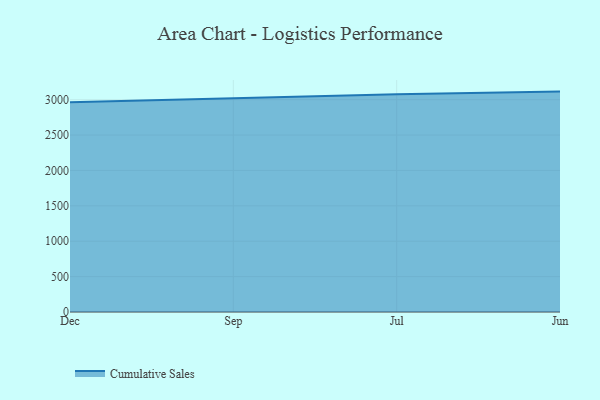
{"axis": {"x": "Month", "y": "Revenue (USD Million)"}, "legend": ["Cumulative Sales"], "data": [{"x": "Dec", "y": 2962.5, "type": "Cumulative Sales"}, {"x": "Sep", "y": 3020.4, "type": "Cumulative Sales"}, {"x": "Jul", "y": 3077.7, "type": "Cumulative Sales"}, {"x": "Jun", "y": 3113.9, "type": "Cumulative Sales"}]}